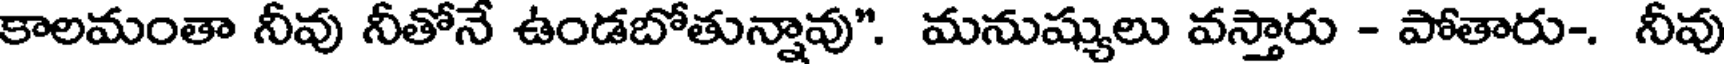
కాలమంతా నీవు నీతోనే ఉండబోతున్నావు". మనుష్యులు వస్తారు - పోతారు-. నీవు